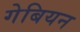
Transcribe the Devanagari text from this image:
गेबियन